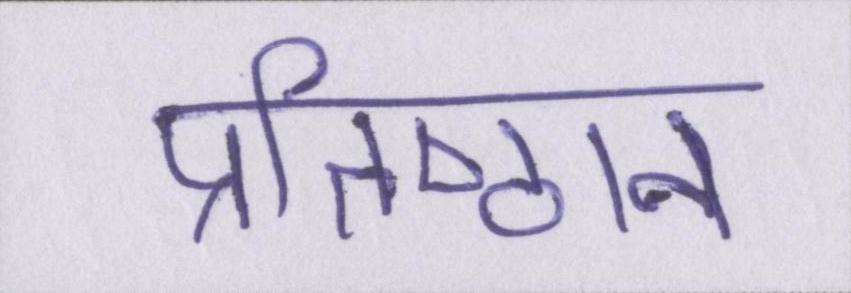
प्रतिष्ठान